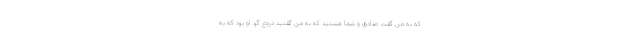
که به من گفت صادق و شما هستید که به من گفتید دروغ گو. او بود که به